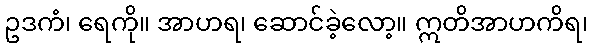
ဥဒကံ၊ ရေကို။ အာဟရ၊ ဆောင်ခဲ့လော့။ ဣတိအာဟကိရ၊